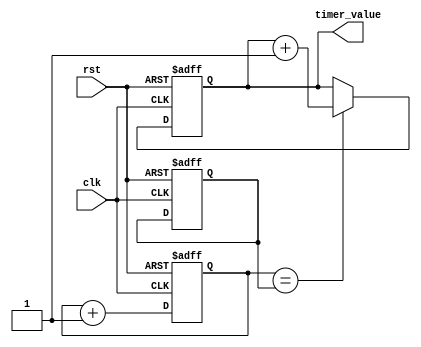
module RTC_timer (
    input wire clk,
    input wire rst,
    output reg [31:0] timer_value
);

reg [31:0] counter;
reg [31:0] prev_counter;
reg [31:0] reference_time;
reg [31:0] error_threshold = 5;

always @(posedge clk or posedge rst) begin
    if (rst) begin
        counter <= 0;
        prev_counter <= 0;
        reference_time <= 0;
        timer_value <= 0;
    end else begin
        prev_counter <= counter;
        counter <= counter + 1;
        
        if (counter == reference_time) begin
            timer_value <= timer_value + 1;
        end
        
        if (counter - prev_counter != 1) begin
            if (counter - prev_counter > error_threshold) begin
                $display("Error: Clock skew detected");
            end
        end
    end
end

endmodule